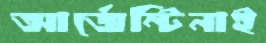
আর্জেন্টিনাই